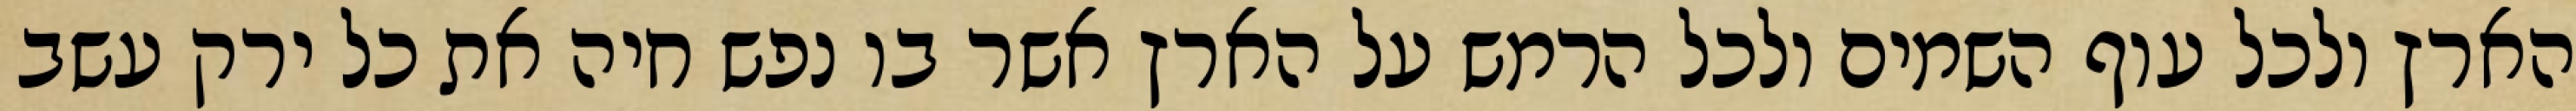
הארץ ולכל עוף השמים ולכל הרמש על הארץ אשר בו נפש חיה את כל ירק עשב